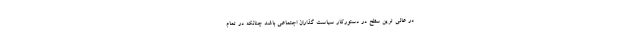
در عالی ترین سطح در دستورکار سیاست گذاران اجتماعی باشد چنانکه در تمام